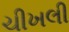
ચીખલી